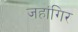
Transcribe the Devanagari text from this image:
जहांगिर